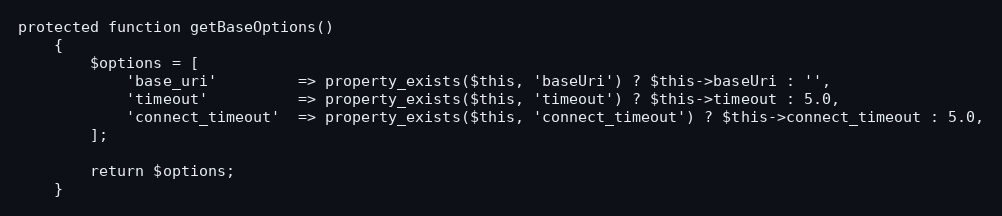
Language: PHP
protected function getBaseOptions()
    {
        $options = [
            'base_uri'         => property_exists($this, 'baseUri') ? $this->baseUri : '',
            'timeout'          => property_exists($this, 'timeout') ? $this->timeout : 5.0,
            'connect_timeout'  => property_exists($this, 'connect_timeout') ? $this->connect_timeout : 5.0,
        ];

        return $options;
    }